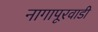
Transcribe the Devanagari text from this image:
नागापूरवाडी